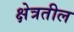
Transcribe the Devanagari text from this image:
क्षेत्रतील